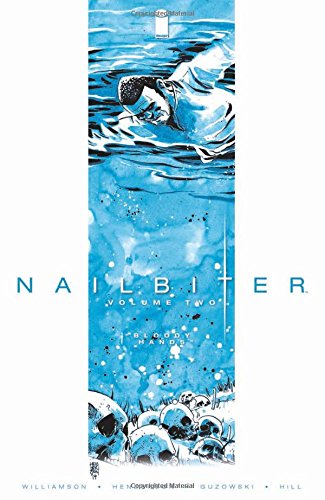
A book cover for Nailbiter Volume 2: Bloody Hands (Nailbiter Tp); Joshua Williamson; Comics & Graphic Novels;